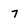
Character: 7